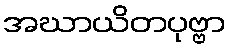
အဃာယိတပုဗ္ဗာ